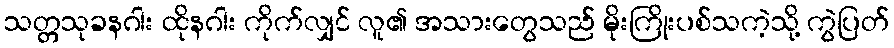
သတ္တသုခနဂါး ထိုနဂါး ကိုက်လျှင် လူ၏ အသားတွေသည် မိုးကြိုးပစ်သကဲ့သို့ ကွဲပြတ်